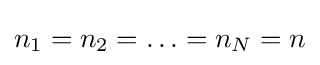
n_{1}=n_{2}=\ldots =n_{N}=n